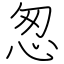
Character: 怱